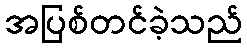
အပြစ်တင်ခဲ့သည်